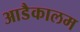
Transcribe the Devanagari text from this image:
आडैकालम